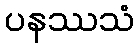
ပနဿသံ